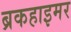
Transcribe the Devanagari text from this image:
ब्रकहाइमर